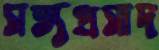
সত্যপ্রসাদ